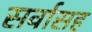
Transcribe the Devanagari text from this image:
सर्वासह